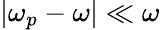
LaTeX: |\omega_{p}-\omega|\ll\omega